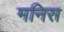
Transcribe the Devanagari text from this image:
मनिस